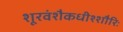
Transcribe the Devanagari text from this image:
शूरवंशैकधीश्शौरिः